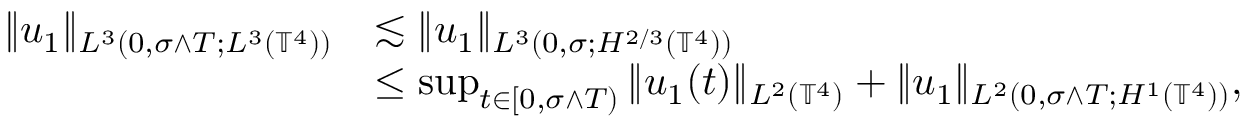
\begin{array} { r l } { \| u _ { 1 } \| _ { L ^ { 3 } ( 0 , \sigma \wedge T ; L ^ { 3 } ( \mathbb { T } ^ { 4 } ) ) } } & { \lesssim \| u _ { 1 } \| _ { L ^ { 3 } ( 0 , \sigma ; H ^ { 2 / 3 } ( \mathbb { T } ^ { 4 } ) ) } } \\ & { \leq \operatorname* { s u p } _ { t \in [ 0 , \sigma \wedge T ) } \| u _ { 1 } ( t ) \| _ { L ^ { 2 } ( \mathbb { T } ^ { 4 } ) } + \| u _ { 1 } \| _ { L ^ { 2 } ( 0 , \sigma \wedge T ; H ^ { 1 } ( \mathbb { T } ^ { 4 } ) ) } , } \end{array}